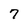
Character: 7